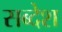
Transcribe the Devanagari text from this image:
सब्देश